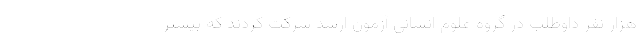
هزار نفر داوطلب در گروه علوم انسانی آزمون ارشد شرکت کردند که بیشتر